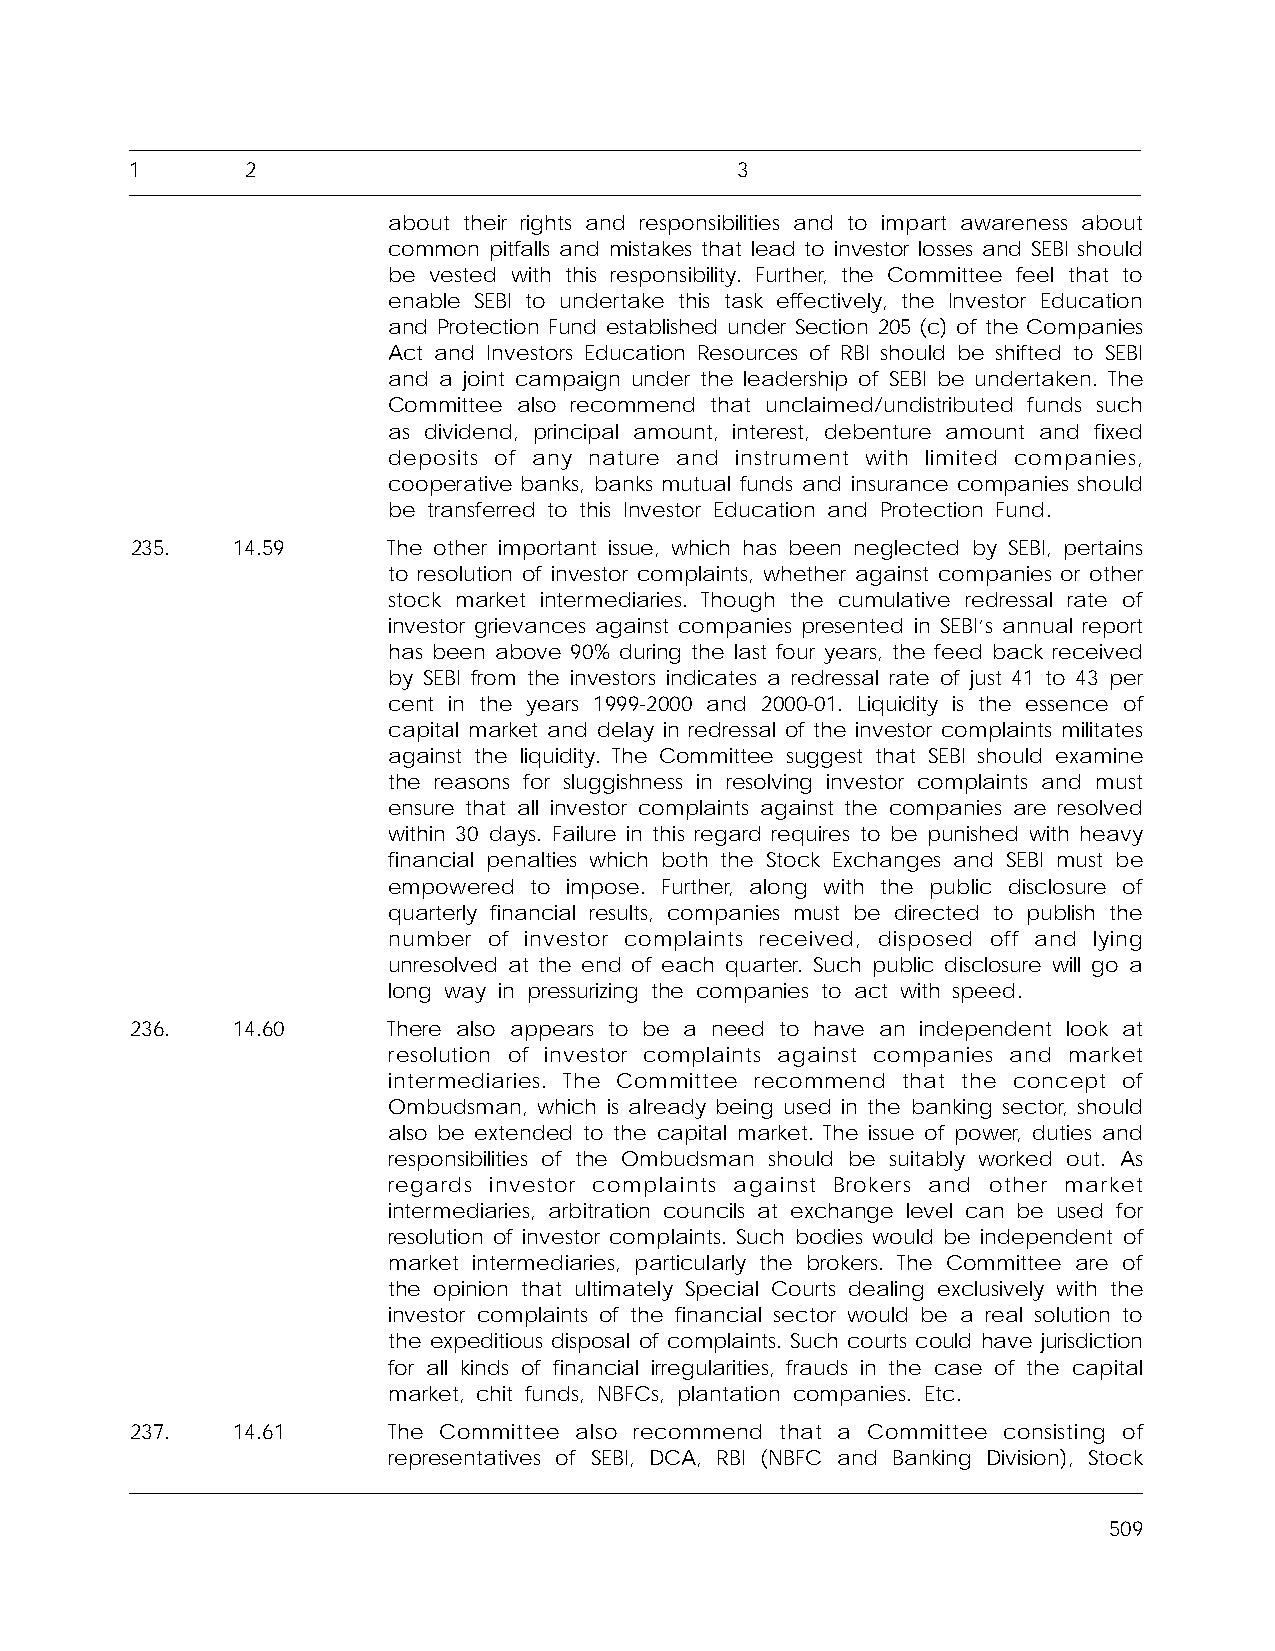
1      2                                3
 about their rights and responsibilities and to impart awareness about
 common pitfalls and mistakes that lead to investor losses and SEBI should
 be vested with this responsibility. Further, the Committee feel that to
 enable SEBI to undertake this task effectively, the Investor Education
 and Protection Fund established under Section 205 (c) of the Companies
 Act and Investors Education Resources of RBI should be shifted to SEBI
 and a joint campaign under the leadership of SEBI be undertaken. The
 Committee also recommend that unclaimed/undistributed funds such
 as dividend, principal amount, interest, debenture amount and fixed
 deposits of any nature and instrument with limited companies,
 cooperative banks, banks mutual funds and insurance companies should
 be transferred to this Investor Education and Protection Fund.
 235.  14.59      The other important issue, which has been neglected by SEBI, pertains
 to resolution of investor complaints, whether against companies or other
 stock market intermediaries. Though the cumulative redressal rate of
 investor grievances against companies presented in SEBI’s annual report
 has been above 90% during the last four years, the feed back received
 by SEBI from the investors indicates a redressal rate of just 41 to 43 per
 cent in the years 1999-2000 and 2000-01. Liquidity is the essence of
 capital market and delay in redressal of the investor complaints militates
 against the liquidity. The Committee suggest that SEBI should examine
 the reasons for sluggishness in resolving investor complaints and must
 ensure that all investor complaints against the companies are resolved
 within 30 days. Failure in this regard requires to be punished with heavy
 financial penalties which both the Stock Exchanges and SEBI must be
 empowered to impose. Further, along with the public disclosure of
 quarterly financial results, companies must be directed to publish the
 number of investor complaints received, disposed off and lying
 unresolved at the end of each quarter. Such public disclosure will go a
 long way in pressurizing the companies to act with speed.
 236.  14.60      There also appears to be a need to have an independent look at
 resolution of investor complaints against companies and market
 intermediaries. The Committee recommend that the concept of
 Ombudsman, which is already being used in the banking sector, should
 also be extended to the capital market. The issue of power, duties and
 responsibilities of the Ombudsman should be suitably worked out. As
 regards investor complaints against Brokers and other market
 intermediaries, arbitration councils at exchange level can be used for
 resolution of investor complaints. Such bodies would be independent of
 market intermediaries, particularly the brokers. The Committee are of
 the opinion that ultimately Special Courts dealing exclusively with the
 investor complaints of the financial sector would be a real solution to
 the expeditious disposal of complaints. Such courts could have jurisdiction
 for all kinds of financial irregularities, frauds in the case of the capital
 market, chit funds, NBFCs, plantation companies. Etc.
 237.  14.61      The Committee also recommend that a Committee consisting of
 representatives of SEBI, DCA, RBI (NBFC and Banking Division), Stock
 509